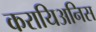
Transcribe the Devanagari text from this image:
करायिअनिस